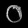
Digit: ၀